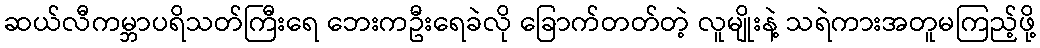
ဆယ်လီကမ္ဘာပရိသတ်ကြီးရေ ဘေးကဦးရေခဲလို ခြောက်တတ်တဲ့ လူမျိုးနဲ့ သရဲကားအတူမကြည့်ဖို့